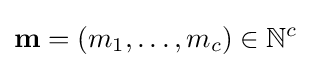
\mathbf {m} =(m_{1},\ldots ,m_{c})\in \mathbb {N} ^{c}